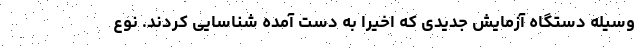
وسیله دستگاه آزمایش جدیدی که اخیرا به دست آمده شناسایی کردند. نوع